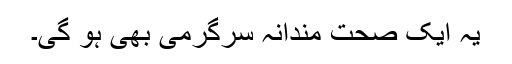
یہ ایک صحت مندانہ سرگرمی بھی ہو گی۔